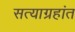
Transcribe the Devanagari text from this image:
सत्याग्रहांत